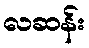
လဆန်း